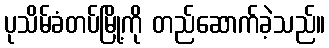
ပုသိမ်ခံတပ်မြို့ကို တည်ဆောက်ခဲ့သည်။